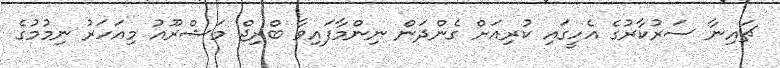
ޗައިނާ ސަރުކާރުގެ އެހީގައި ކުރިއަށް ގެންދަން ނިންމާފައިވާ ބްރިޖް މަޝްރޫއު މިއަހަރު ނިމުމުގެ